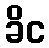
ခိင